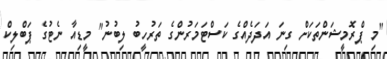
"މި ޕްރޮމީޝަންތަކަށް ގިނަ އަދަދެއްގެ ކަސްޓަމަރުންގެ ތަރުހީބު ލިބުނު" މީޑިއާ ނެޓުގެ ޕަބްލިކް